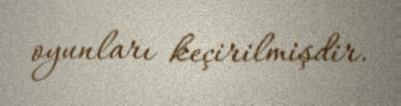
oyunları keçirilmişdir.